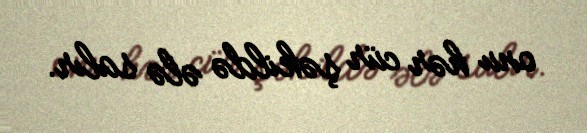
onu hər cür şəkildə ələ salır.